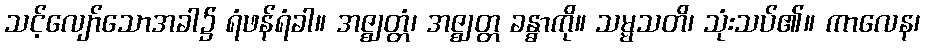
သင့်လျော်သောအခါ၌ ရံဖန်ရံခါ။ အဇ္ဈတ္တံ၊ အဇ္ဈတ္တ ခန္ဓာကို။ သမ္မသတိ၊ သုံးသပ်၏။ ကာလေန၊